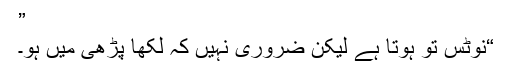
”
“نوٹس تو ہوتا ہے لیکن ضروری نہیں کہ لکھا پڑھی میں ہو۔